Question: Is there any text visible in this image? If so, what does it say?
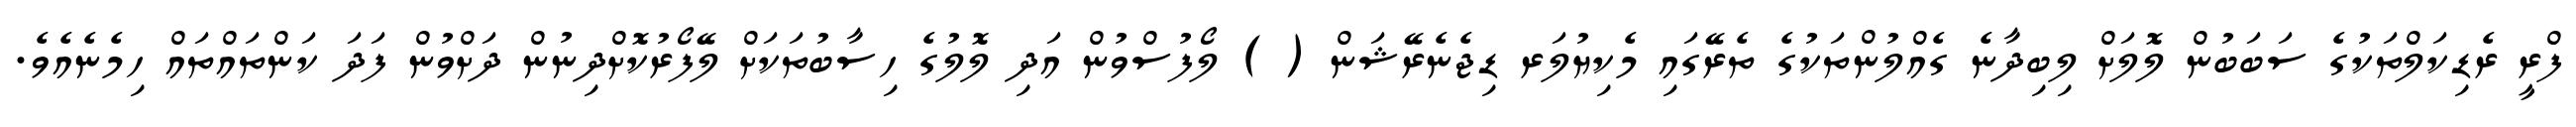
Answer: ފްރީ ރެޑިކަލްތަކުގެ ސަބަބުން ލޮލަށް ލިބިދާނެ ގެއްލުންތަކުގެ ތެރޭގައި މެކިޔުލަރ ޑިޖެނެރޭޝަން ( ) ލޯފުސްވުން އަދި ލޮލުގެ ހިސާބުތަކަށް ލޭފޯރުކޮށްދިނުން ދަށްވުން ފަދަ ކަންތައްތައް ހިމެނެއެވެ.